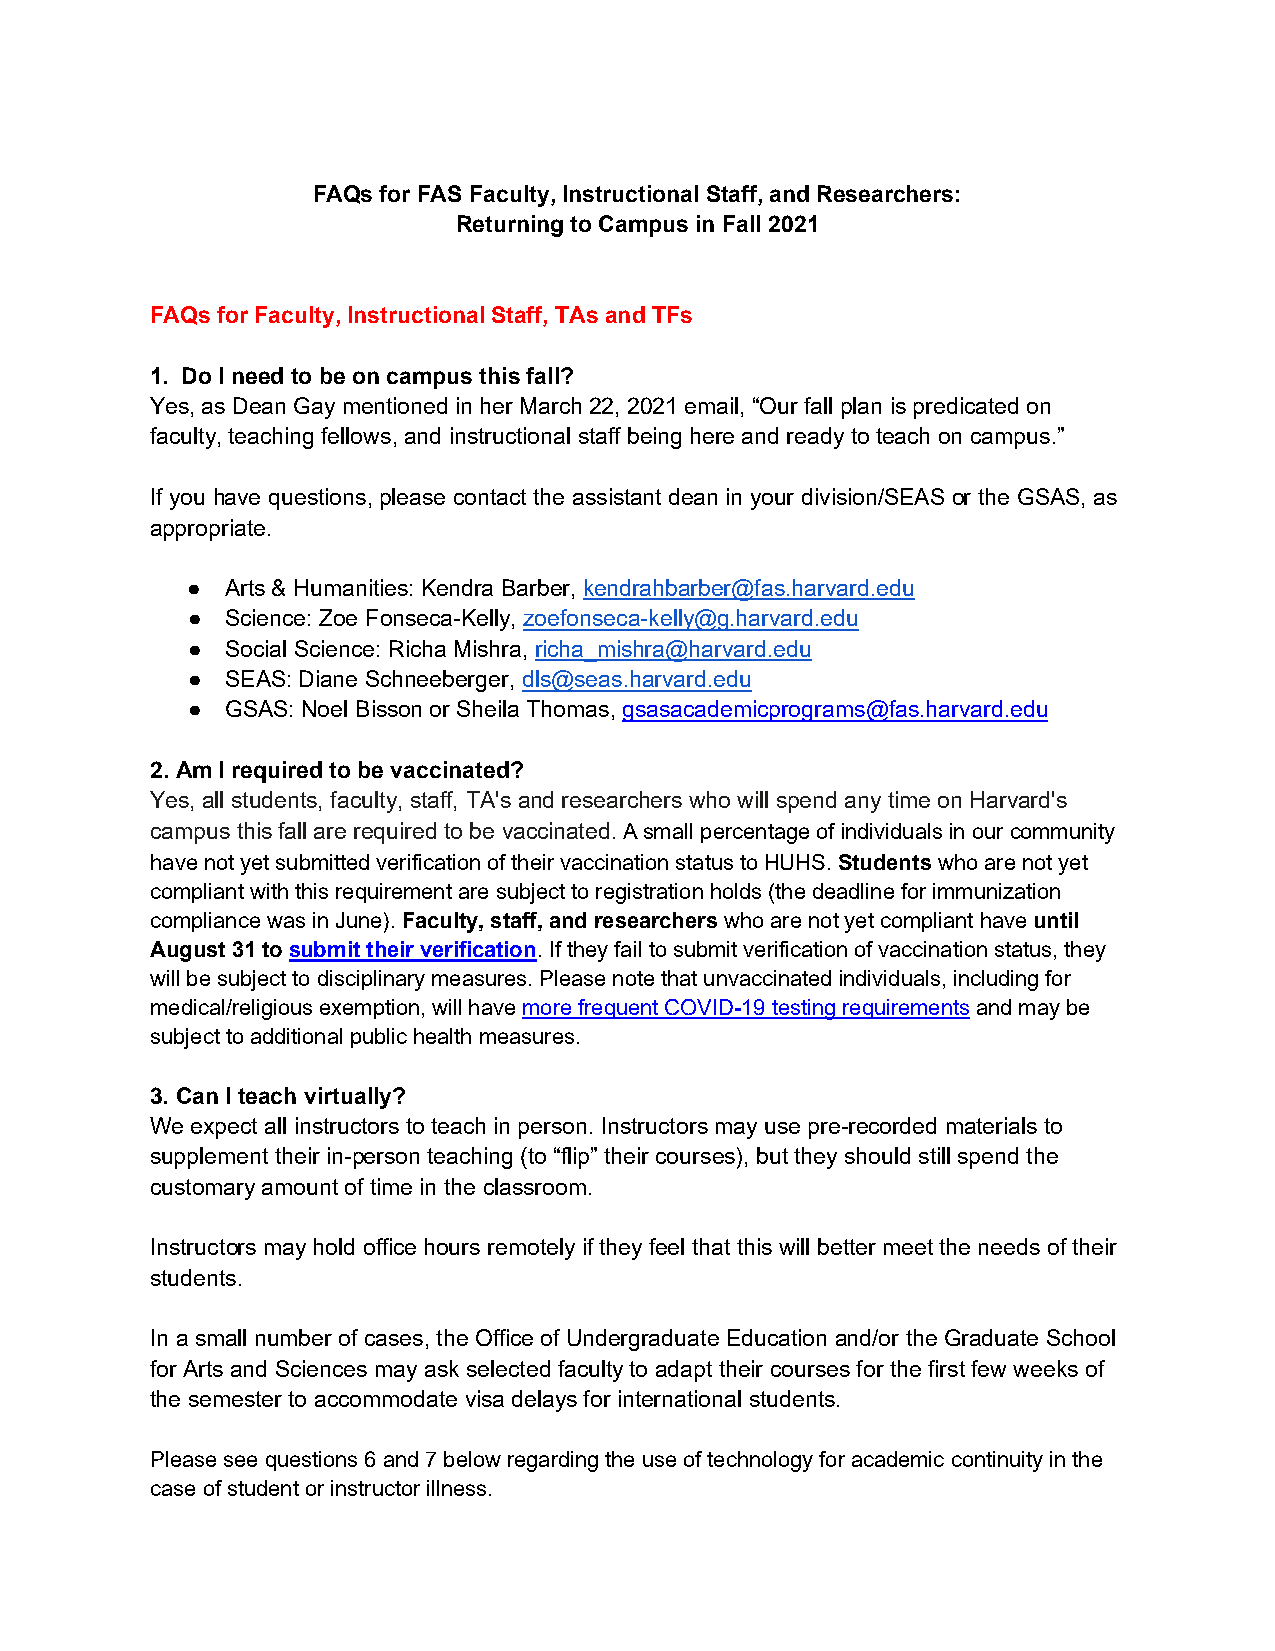
FAQs for FAS Faculty, Instructional Staff, and Researchers:
 Returning to Campus in Fall 2021
 FAQs for Faculty, Instructional Staff, TAs and TFs
 1. Do I need to be on campus this fall?
 Yes, as Dean Gay mentioned in her March 22, 2021 email, “Our fall plan is predicated on
 faculty, teaching fellows, and instructional staff being here and ready to teach on campus.”
 If you have questions, please contact the assistant dean in your division/SEAS or the GSAS, as
 appropriate.
 ●  Arts & Humanities: Kendra Barber, kendrahbarber@fas.harvard.edu
 ●  Science: Zoe Fonseca-Kelly, zoefonseca-kelly@g.harvard.edu
 ●  Social Science: Richa Mishra, richa_mishra@harvard.edu
 ●  SEAS: Diane Schneeberger, dls@seas.harvard.edu
 ●  GSAS: Noel Bisson or Sheila Thomas, gsasacademicprograms@fas.harvard.edu
 2. Am I required to be vaccinated?
 Yes, all students, faculty, staff, TA's and researchers who will spend any time on Harvard's
 campus this fall are required to be vaccinated. A small percentage of individuals in our community
 have not yet submitted verification of their vaccination status to HUHS. Students who are not yet
 compliant with this requirement are subject to registration holds (the deadline for immunization
 compliance was in June). Faculty, staff, and researchers who are not yet compliant have until
 August 31 to submit their verification. If they fail to submit verification of vaccination status, they
 will be subject to disciplinary measures. Please note that unvaccinated individuals, including for
 medical/religious exemption, will have more frequent COVID-19 testing requirements and may be
 subject to additional public health measures.
 3. Can I teach virtually?
 We expect all instructors to teach in person. Instructors may use pre-recorded materials to
 supplement their in-person teaching (to “flip” their courses), but they should still spend the
 customary amount of time in the classroom.
 Instructors may hold office hours remotely if they feel that this will better meet the needs of their
 students.
 In a small number of cases, the Office of Undergraduate Education and/or the Graduate School
 for Arts and Sciences may ask selected faculty to adapt their courses for the first few weeks of
 the semester to accommodate visa delays for international students.
 Please see questions 6 and 7 below regarding the use of technology for academic continuity in the
 case of student or instructor illness.